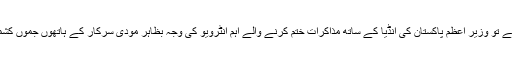
مسلہ کشمیر پر انڈیا ،پاکستان کے موقف کو سمجھنے کے لیے اس پس منظر کو سامنے رکھا جائے تو وزیر اعظم پاکستان کی انڈیا کے ساتھ مذاکرات ختم کرنے والے اہم انٹرویو کی وجہ بظاہر مودی سرکار کے ہاتھوں جموں کشمیر کی خصوصی حثیت کے حوالے سے انڈین دستور کے آرٹیکل 370 اور 35 اے کا خاتمہ ہے۔